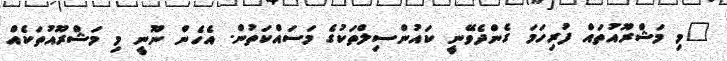
"މި މަޝްރޫއުތައް ފުރިހަމަ ގެންދެވޭނީ ކައުންސިލްތަކުގެ މަސައްކަތުން. އެހެން ނޫނީ މި މަޝްރޫއުތަކެއް